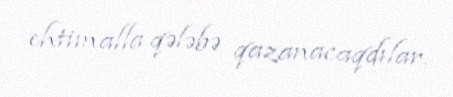
ehtimalla qələbə qazanacaqdılar.